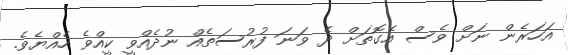
އަހަރެން ނަށް ވެސް އެގޮތަށް ދެ ވަނަ ފުރުސަތެއް ނުދެއްވީ ކީއްވެ ހެއްޔެވެ.